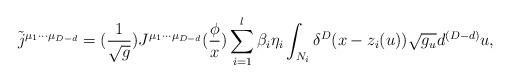
LaTeX: \begin{align*}\tilde j^{\mu _1\cdots \mu _{D-d}}=(\frac 1{\sqrt{g}})J^{\mu_1\cdots \mu _{D-d}}(\frac \phi x)\sum_{i=1}^l\beta _i\eta_i\int_{N_i}\delta ^D(x-z_i(u))\sqrt{g_u}d^{(D-d)}u,\end{align*}